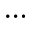
\cdots